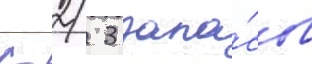
с 2/ 3 запа́сов